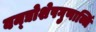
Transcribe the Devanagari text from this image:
वन्द्योशेषगुणाब्धिं